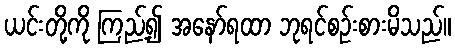
ယင်းတို့ကို ကြည့်၍ အနော်ရထာ ဘုရင်စဉ်းစားမိသည်။